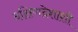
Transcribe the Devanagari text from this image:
दक्षिणदेशाशी